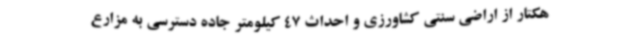
هکتار از اراضی سنتی کشاورزی و احداث 47 کیلومتر جاده دسترسی به مزارع